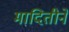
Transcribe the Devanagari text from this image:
मादितीने